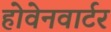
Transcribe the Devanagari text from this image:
होवेनवार्टर